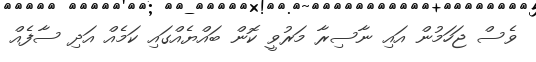
ވެެސް ޖަހަމުން އައި ނާސިރާ މަރުވީ ކޮން ބައްޔެއްގައި ކަމެއް އަދި ސާފެއް